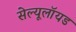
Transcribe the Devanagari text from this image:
सेल्यूलॉयड